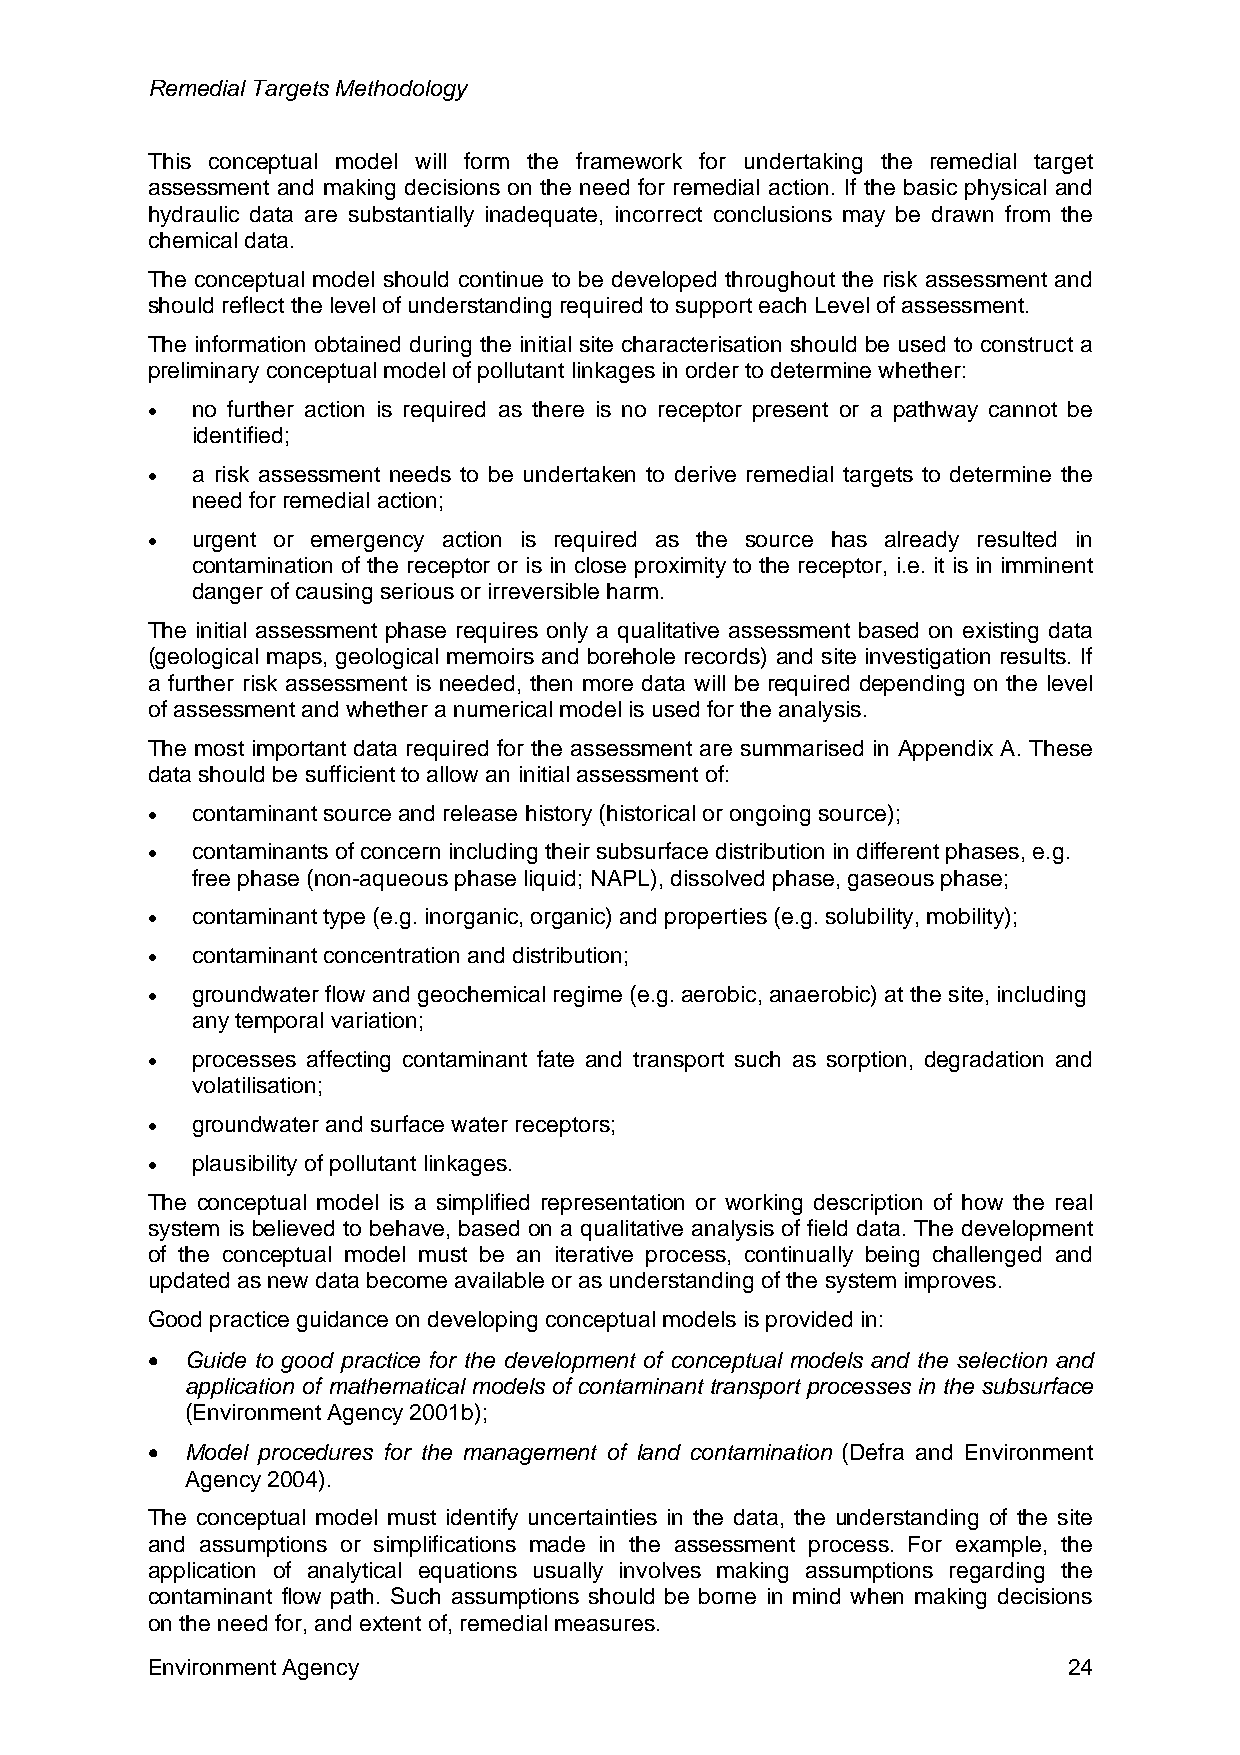
Remedial Targets Methodology
 This conceptual model will form the framework for undertaking the remedial target
 assessment and making decisions on the need for remedial action. If the basic physical and
 hydraulic data are substantially inadequate, incorrect conclusions may be drawn from the
 chemical data.
 The conceptual model should continue to be developed throughout the risk assessment and
 should reflect the level of understanding required to support each Level of assessment.
 The information obtained during the initial site characterisation should be used to construct a
 preliminary conceptual model of pollutant linkages in order to determine whether:
 •  no further action is required as there is no receptor present or a pathway cannot be
 identified;
 •  a risk assessment needs to be undertaken to derive remedial targets to determine the
 need for remedial action;
 •  urgent or emergency action is required as the source has already resulted in
 contamination of the receptor or is in close proximity to the receptor, i.e. it is in imminent
 danger of causing serious or irreversible harm.
 The initial assessment phase requires only a qualitative assessment based on existing data
 (geological maps, geological memoirs and borehole records) and site investigation results. If
 a further risk assessment is needed, then more data will be required depending on the level
 of assessment and whether a numerical model is used for the analysis.
 The most important data required for the assessment are summarised in Appendix A. These
 data should be sufficient to allow an initial assessment of:
 •  contaminant source and release history (historical or ongoing source);
 •  contaminants of concern including their subsurface distribution in different phases, e.g.
 free phase (non-aqueous phase liquid; NAPL), dissolved phase, gaseous phase;
 •  contaminant type (e.g. inorganic, organic) and properties (e.g. solubility, mobility);
 •  contaminant concentration and distribution;
 •  groundwater flow and geochemical regime (e.g. aerobic, anaerobic) at the site, including
 any temporal variation;
 •  processes affecting contaminant fate and transport such as sorption, degradation and
 volatilisation;
 •  groundwater and surface water receptors;
 •  plausibility of pollutant linkages.
 The conceptual model is a simplified representation or working description of how the real
 system is believed to behave, based on a qualitative analysis of field data. The development
 of the conceptual model must be an iterative process, continually being challenged and
 updated as new data become available or as understanding of the system improves.
 Good practice guidance on developing conceptual models is provided in:
 • Guide to good practice for the development of conceptual models and the selection and
 application of mathematical models of contaminant transport processes in the subsurface
 (Environment Agency 2001b);
 • Model procedures for the management of land contamination (Defra and Environment
 Agency 2004).
 The conceptual model must identify uncertainties in the data, the understanding of the site
 and assumptions or simplifications made in the assessment process. For example, the
 application of analytical equations usually involves making assumptions regarding the
 contaminant flow path. Such assumptions should be borne in mind when making decisions
 on the need for, and extent of, remedial measures.
 Environment Agency                                           24